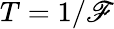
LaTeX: T=1/\mathscr{F}